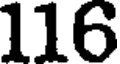
116